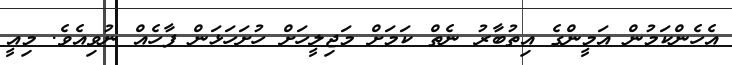
އެހެންކަމުން އަމީންގެ އިތުބާރު ނެތް ކަމަށް މަޖިލީހަށް ހުށަހަޅަން ފާހެއް ނުވިއެވެ. މިއީ